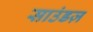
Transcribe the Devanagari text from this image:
साउंडज़